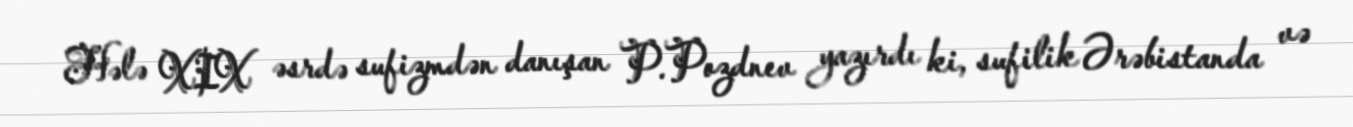
Hələ XIX əsrdə sufizmdən danışan P.Pozdnev yazırdı ki, sufilik Ərəbistanda və